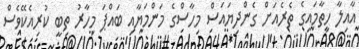
އާއިލާ ހިތާމައިގެ ތެރެއަށް ގެންދިޔައަސް މިހާސްގެ މަންމަޔާއި ބައްޕަ މިހާރު ތިބީ ކުރިއެކޭވެސް